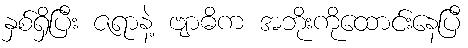
နှစ်ရှိပြီး ဇရာနဲ့ ဗျာဓိက အဘိုးကိုထောင်းနေပြီ